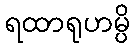
ရထာရုဟမ္ပိ